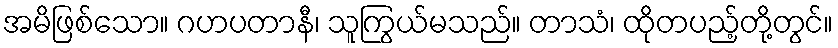
အမိဖြစ်သော။ ဂဟပတာနီ၊ သူကြွယ်မသည်။ တာသံ၊ ထိုတပည့်တို့တွင်။